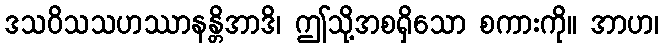
ဒသဝိသသဟဿာနန္တိအာဒိ၊ ဤသို့အစရှိသော စကားကို။ အာဟ၊